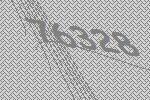
76328